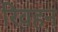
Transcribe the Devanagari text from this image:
रिवहन